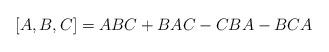
LaTeX: \begin{align*} [A,B,C]=ABC+BAC-CBA-BCA \end{align*}